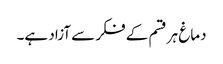
دماغ ہر قسم کے فکر سے آزاد ہے۔